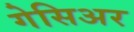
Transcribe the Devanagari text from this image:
गेसिअर